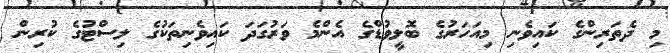
މި ދެތަރިންގެ ކައިވެނި މިއަހަރުގެ ބޮލީވުޑްގެ އެންމެ ވަރުގަދަ ކައިވެނިތަކުގެ ލިސްޓުގެ ކުރިން